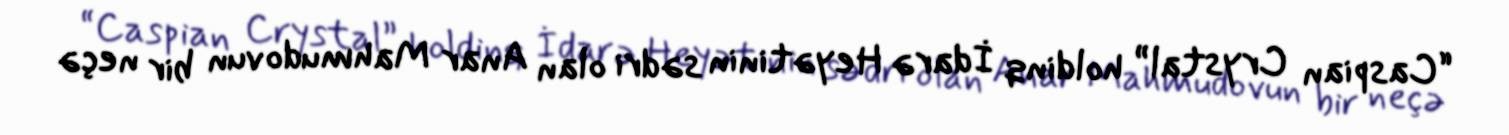
“Caspian Crystal” holdinq İdarə Heyətinin sədri olan Anar Mahmudovun bir neçə